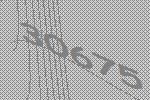
30675